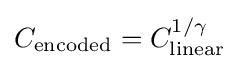
C_{\text{encoded}}=C_{\text{linear}}^{1/\gamma }